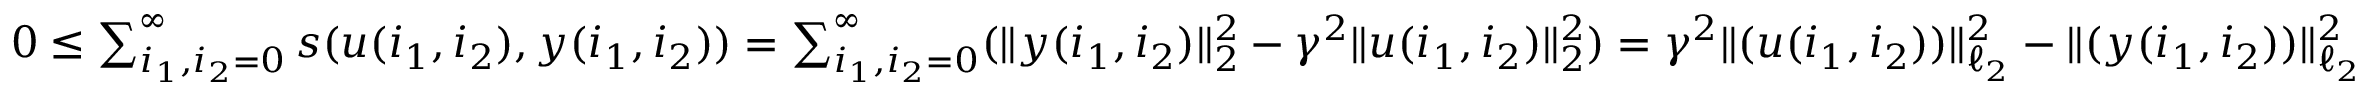
\begin{array} { r } { 0 \leq \sum _ { i _ { 1 } , i _ { 2 } = 0 } ^ { \infty } s ( u ( i _ { 1 } , i _ { 2 } ) , y ( i _ { 1 } , i _ { 2 } ) ) = \sum _ { i _ { 1 } , i _ { 2 } = 0 } ^ { \infty } ( \| y ( i _ { 1 } , i _ { 2 } ) \| _ { 2 } ^ { 2 } - \gamma ^ { 2 } \| u ( i _ { 1 } , i _ { 2 } ) \| _ { 2 } ^ { 2 } ) = \gamma ^ { 2 } \| ( u ( i _ { 1 } , i _ { 2 } ) ) \| _ { \ell _ { 2 } } ^ { 2 } - \| ( y ( i _ { 1 } , i _ { 2 } ) ) \| _ { \ell _ { 2 } } ^ { 2 } } \end{array}